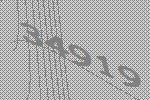
34919